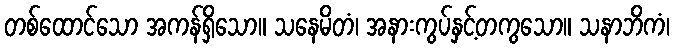
တစ်ထောင်သော အကန်ရှိသော။ သနေမိတံ၊ အနားကွပ်နှင့်တကွသော။ သနာဘိကံ၊